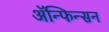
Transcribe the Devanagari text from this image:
ॲन्फिन्सन